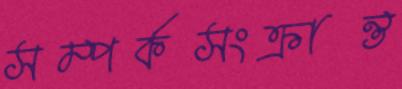
সম্পর্কসংক্রান্ত